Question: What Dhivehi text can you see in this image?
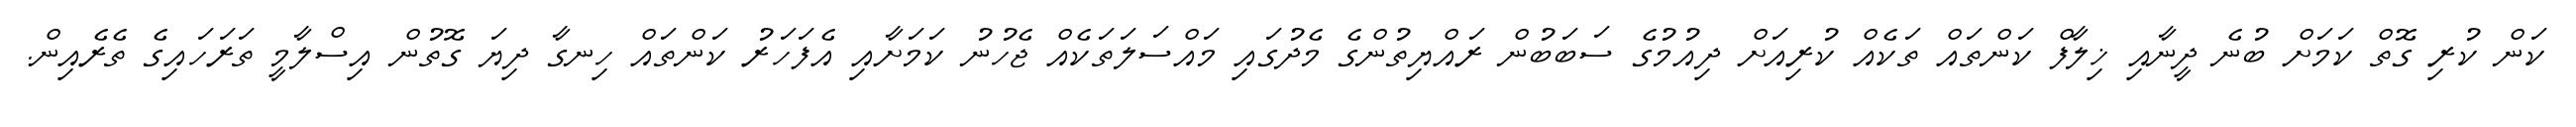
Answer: ކަން ކުރި ގޮތް ކަމަށް ބުނެ ދީނާއި ޚިލާފް ކަންތައް ތަކެއް ކުރިއަށް ދިއުމުގެ ސަބަބުން ރައްޔިތުންގެ މެދުގައި މައްސަލަތަކެއް ޖެހުނު ކަމަށާއި އެފަހަރު ކަންތައް ހިނގާ ދިޔަ ގޮތުން އިސްލާމީ ތަރަހައިގެ ތެރެއިން.